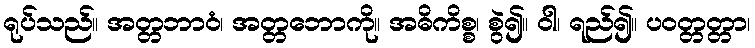
ရုပ်သည်။ အတ္တဘာဝံ၊ အတ္တဘောကို။ အဓိကိစ္စ၊ စွဲ၍။ ဝါ၊ ရည်၍။ ပဝတ္တတ္တာ၊